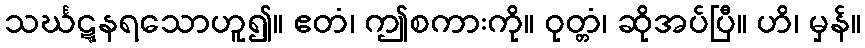
သင်္ဃဋ္ဋနရသောဟူ၍။ ဧတံ၊ ဤစကားကို။ ဝုတ္တံ၊ ဆိုအပ်ပြီ။ ဟိ၊ မှန်။